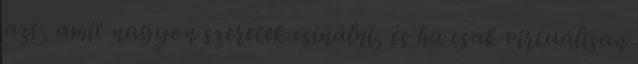
azt, amit nagyon szeretek csinálni, és ha csak virtuálisan